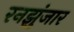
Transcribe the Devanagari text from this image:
रनझुंजार